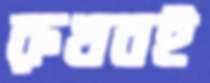
রুখবই